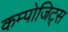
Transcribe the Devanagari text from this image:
कम्पोजिट्स